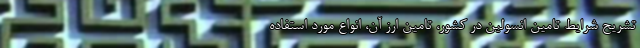
تشریح شرایط تامین انسولین در کشور، تامین ارز آن، انواع مورد استفاده